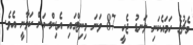
މެޗުގެ ހަމައެކަނި ލަނޑު ޖެހީ 87 ވަނަ މިނިޓްގައި އެޑިންސަން ކަވާނީ އެވެ.